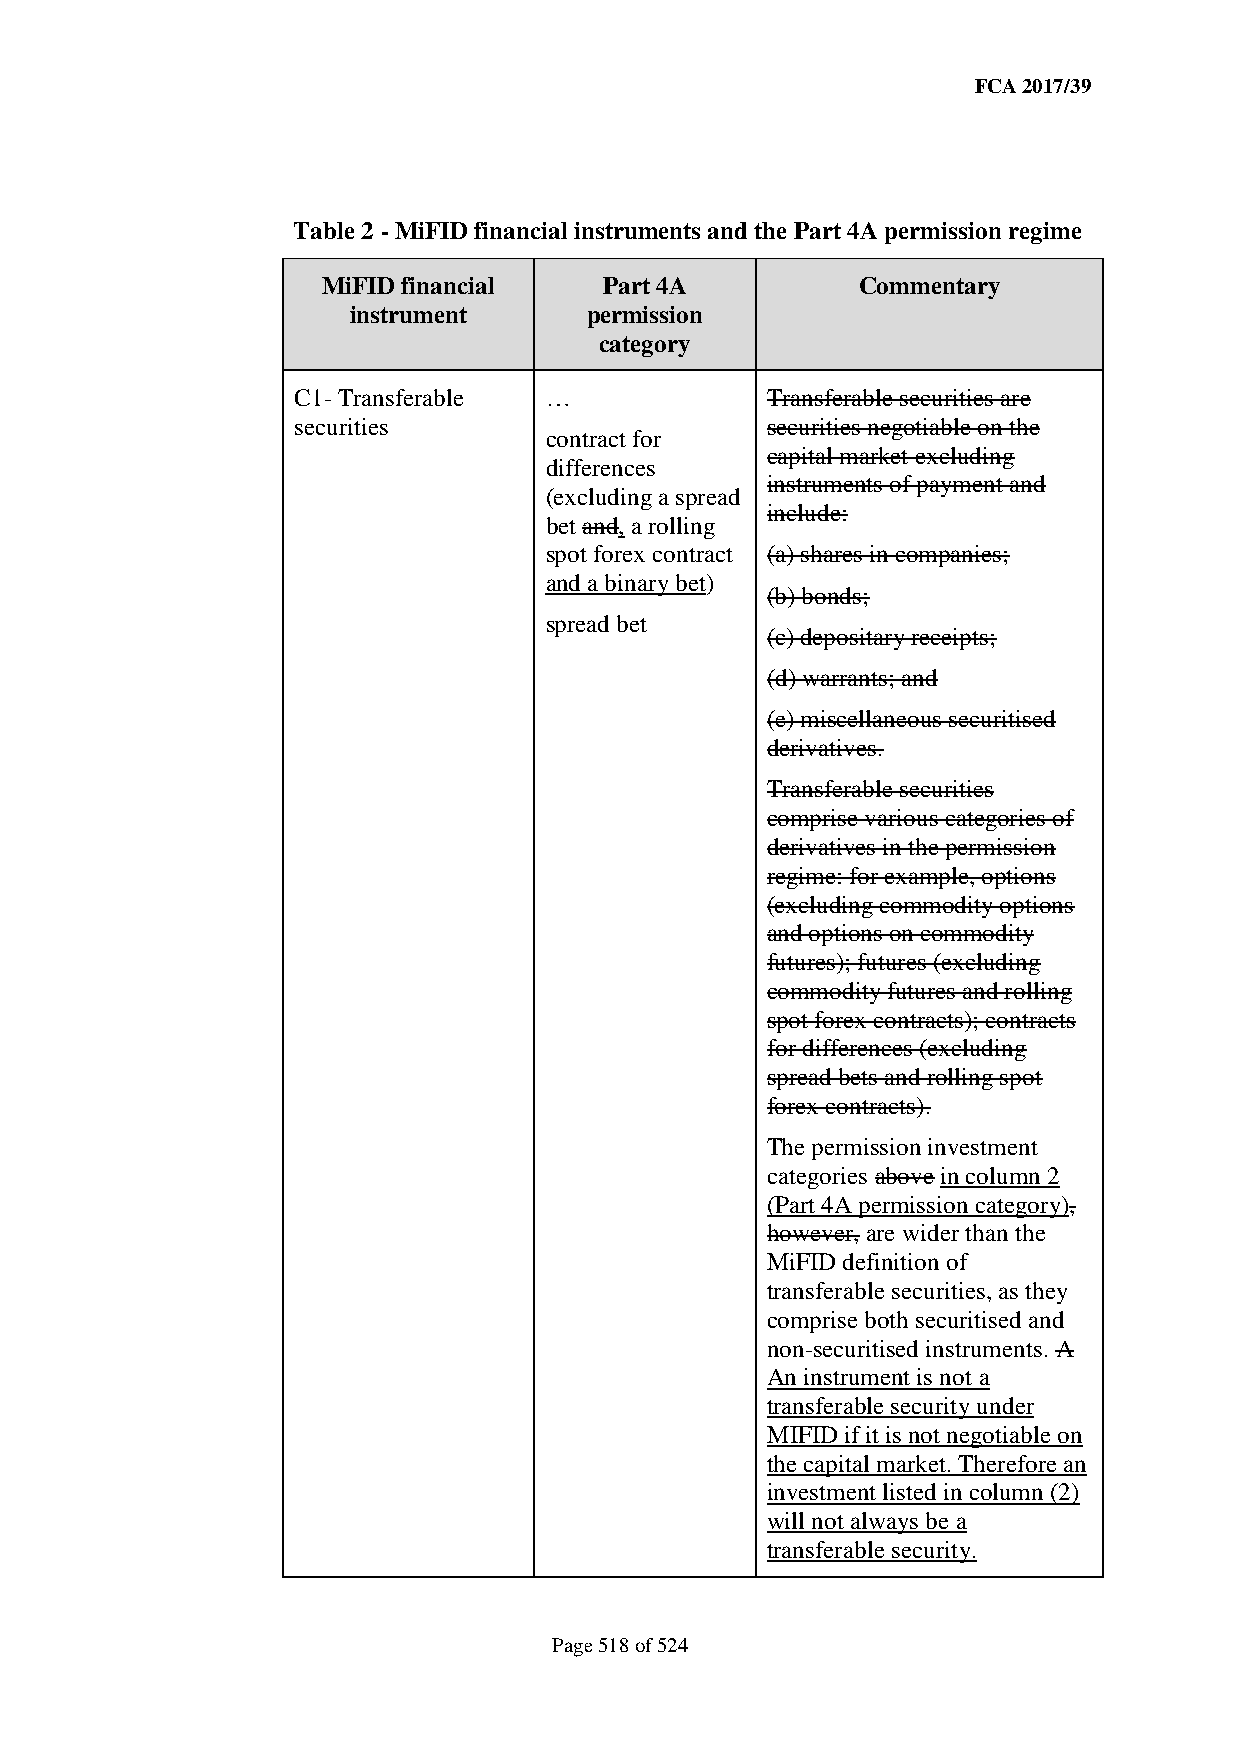
FCA 2017/39
 Table 2 - MiFID financial instruments and the Part 4A permission regime
 MiFID financial    Part 4A          Commentary
 instrument      permission
 category
 C1- Transferable …              Transferable securities are
 securities                      securities negotiable on the
 contract for
 capital market excluding
 differences
 instruments of payment and
 (excluding a spread
 include:
 bet and, a rolling
 spot forex contract (a) shares in companies;
 and a binary bet)
 (b) bonds;
 spread bet
 (c) depositary receipts;
 (d) warrants; and
 (e) miscellaneous securitised
 derivatives.
 Transferable securities
 comprise various categories of
 derivatives in the permission
 regime: for example, options
 (excluding commodity options
 and options on commodity
 futures); futures (excluding
 commodity futures and rolling
 spot forex contracts); contracts
 for differences (excluding
 spread bets and rolling spot
 forex contracts).
 The permission investment
 categories above in column 2
 (Part 4A permission category),
 however, are wider than the
 MiFID definition of
 transferable securities, as they
 comprise both securitised and
 non-securitised instruments. A
 An instrument is not a
 transferable security under
 MIFID if it is not negotiable on
 the capital market. Therefore an
 investment listed in column (2)
 will not always be a
 transferable security.
 Page 518 of 524